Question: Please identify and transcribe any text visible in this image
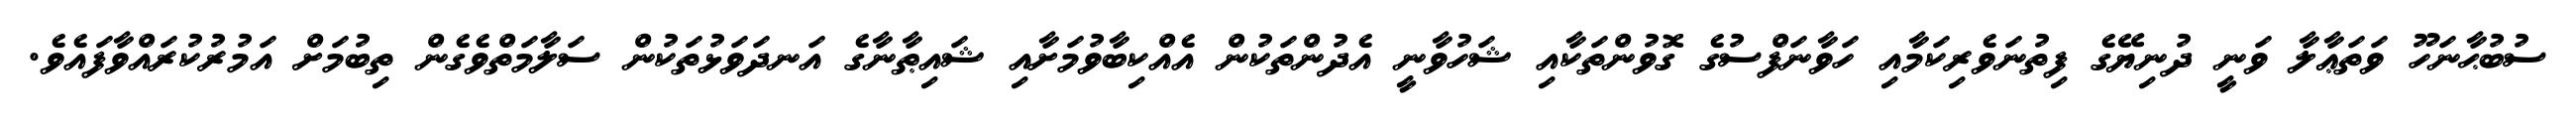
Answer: ސުބުޙާނަހޫ ވަތަޢާލާ ވަނީ ދުނިޔޭގެ ފިތުނަވެރިކަމާއި ހަވާނަފްސުގެ ގޮވުންތަކާއި ޝަހުވާނީ އެދުންތަކުން އެއްކިބާވުމަށާއި ޝައިޠާނާގެ އަނދަވަޅުތަކުން ސަލާމަތްވެގެން ތިބުމަށް އަމުރުކުރައްވާފައެވެ.